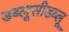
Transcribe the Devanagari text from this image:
डब्लूसीडब्लू